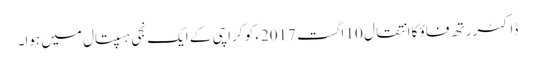
ڈاکٹر رتھ فاؤ کا انتقال 10 اگست 2017ء کو کراچی کے ایک نجی ہسپتال میں ہوا۔